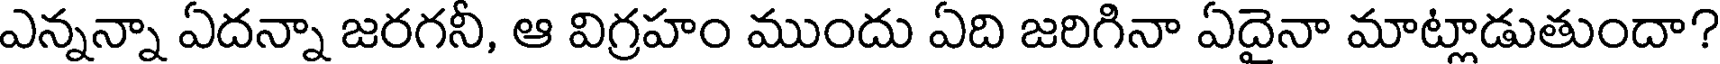
ఎన్నన్నా ఏదన్నా జరగనీ, ఆ విగ్రహం ముందు ఏది జరిగినా ఏదైనా మాట్లాడుతుందా?